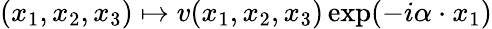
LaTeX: (x_{1},x_{2},x_{3})\mapsto v(x_{1},x_{2},x_{3})\exp(-i\alpha\cdot x_{1})